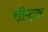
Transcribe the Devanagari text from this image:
रॉएट्स